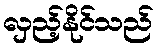
လှည့်နိုင်သည်